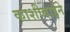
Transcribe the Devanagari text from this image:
काशीबाईने